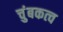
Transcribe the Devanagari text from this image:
चुंबकत्‍व